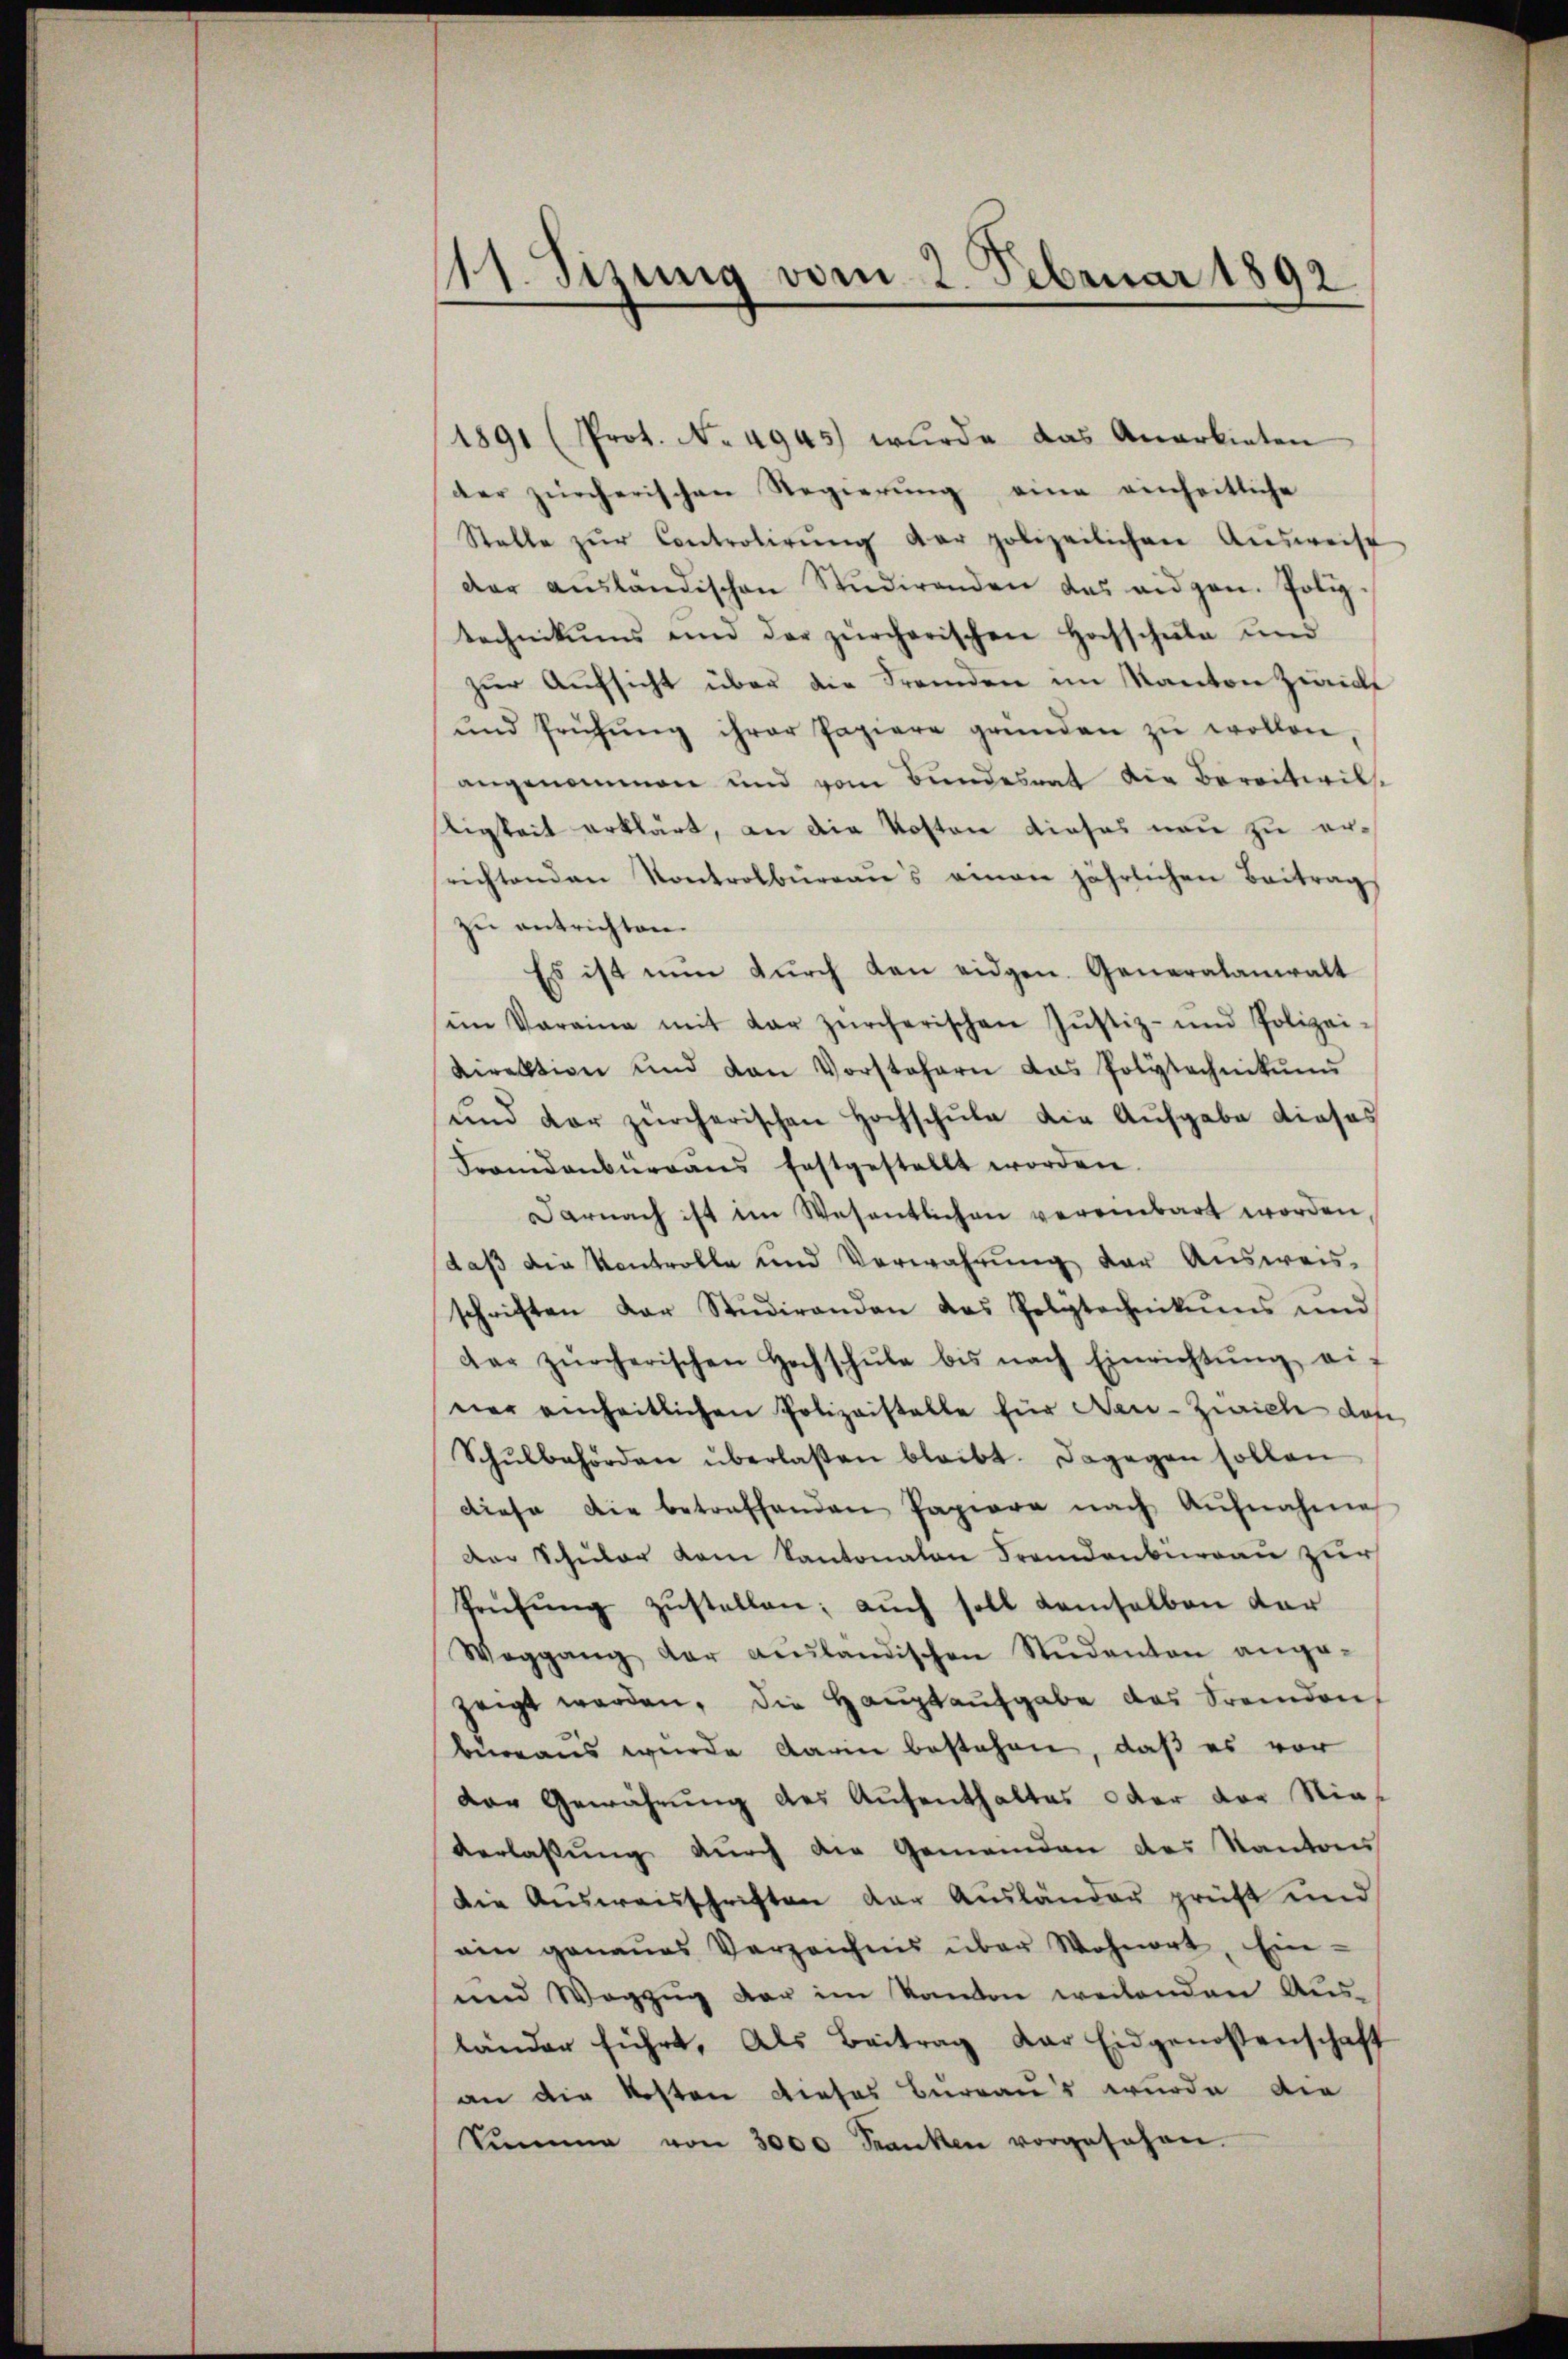
s
dt. Sizung vom 2. Februar 1892

1891 (Prot. No 4945) wurde das Anarbieten
der zürcherischen Regierŭng eine einheitliche
Stelle zŭr Controlirŭng der polizeilichen Aŭsweise
der aŭsländischen Studirenden das eidgen. Poliz
technikums und der zürcherischen Hochschule und
zŭr Aŭfsicht über die Fremden im Kanton Zwick
ŭnd Prühŭng ihrer Papiere gründen zŭ wollen,
angenommen und vom Bundesrat die Bereitwiltigkeit erklärt, an die Kosten dieses neu zu ersrichtenden Kontrolbüreaŭs eine jährlichen Beitrag
zu entrichten.
Es ist nŭn dŭrch den eidgen. Generalanwalt
ein Varaina mit dar zürcherischen Jŭstiz- und Polizei-
Direktion und den Vorstehern das Polytechnikums
und der zürcherischen Hochschule die Aufgabe dieses
Frandenbüreaŭs festgestellt worden.
Darnach ist im Wesentlichen vereinbart worden
daβ die Kontrolle und Verwahrŭng der Aŭsweis-
schriften der Studirenden das Polytechnikums und
dar zürcherischen Hochschŭle bis nach Einrichtŭng eif
ner einheitlichen Polizeistelle für Neu-Zürich das
Schŭlbehörden überlaßen bleibt. Dagegen sollen
diese die betreffenden Papiere nach Aŭfnahme
Der Schuler vom Kantonaten Fremdenburgau zur
Prüfŭng zŭstellen; aŭch soll demselben dar
Weggang der aŭsländischen Nidanton ange-
zeigt werden, die Hauptaufgabe das Fremden,
beraus wurde darin bestehen, daß es vor
Der Gewährung des Aufenthaltes oder der Nies
verlassŭng dŭrch die Gemeinden des Kantons
Die Ausweisschriften der Ausländer prüft und
ein genaŭes Verzeichnis über Wohnort, Ein-
und Wegzug der im Kanton weilenden Aus-
länder führt, als Beitrag dar Eidgenossenschaft
an die Kosten dieses Bureaus wurde die
Sŭmme von 3000 Franken vorgesehen.